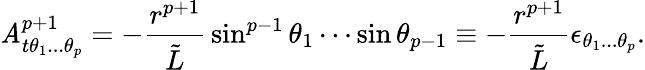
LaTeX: \mathit{A}_{t\theta_{1}...\theta_{p}}^{p+1}=-{\frac{{r^{p+1}}}{{\tilde{{L}}}}}\sin^{p-1}\theta_{1}\cdots\sin\theta_{p-1}\equiv-{\frac{{r^{p+1}}}{{\tilde{{L}}}}}\epsilon_{\theta_{1}...\theta_{p}}.